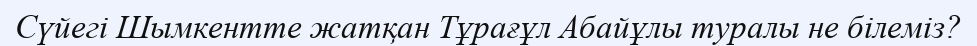
Сүйегі Шымкентте жатқан Тұрағұл Абайұлы туралы не білеміз?